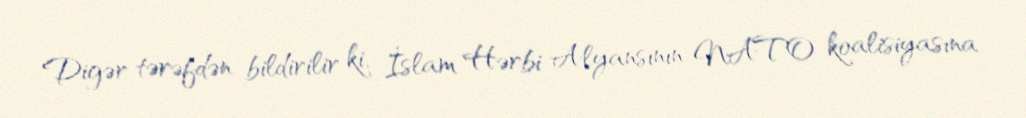
Digər tərəfdən bildirilir ki, İslam Hərbi Alyansının NATO koalisiyasına